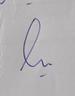
Signature authenticity: genuine